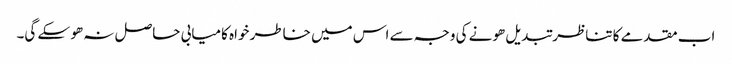
اب مقدمے کا تناظر تبدیل ھونے کی وجہ سے اس میں خاطر خواہ کامیابی حاصل نہ ھو سکے گی۔